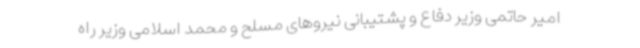
امیر حاتمی وزیر دفاع و پشتیبانی نیروهای مسلح و محمد اسلامی وزیر راه